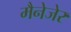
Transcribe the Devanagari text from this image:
मैनेजेर